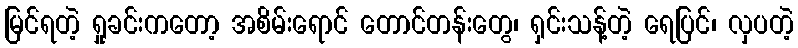
မြင်ရတဲ့ ရှုခင်းကတော့ အစိမ်းရောင် တောင်တန်းတွေ၊ ရှင်းသန့်တဲ့ ရေပြင်၊ လှပတဲ့